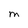
Character: M